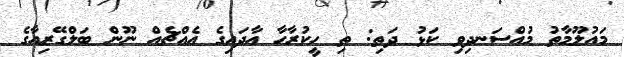
މައުލޫމާތު މުއްސަނދިވި ކަޅު ދަތި: ތި ހީކުރާހާ އާދައިގެ އެއްޗެއް ނޫން ބަލްގޭރިއާގެ